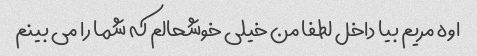
اوه مریم بیا داخل لطفا من خیلی خوشحالم که شما را می بینم